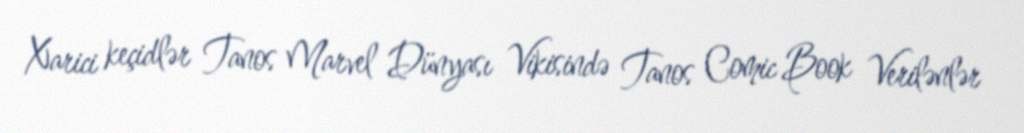
Xarici keçidlər Tanos Marvel Dünyası Vikisində Tanos Comic Book Verilənlər